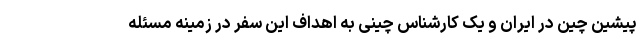
پیشین چین در ایران و یک کارشناس چینی به اهداف این سفر در زمینه مسئله